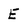
Character: E